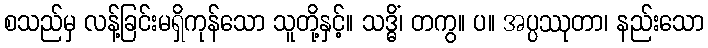
စသည်မှ လန့်ခြင်းမရှိကုန်သော သူတို့နှင့်။ သဒ္ဓိံ၊ တကွ။ ပ။ အပ္ပဿုတာ၊ နည်းသော